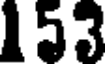
153